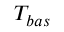
T _ { b a s }